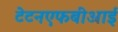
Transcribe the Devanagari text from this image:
टेटनएफबीआई